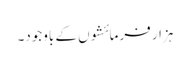
ہزار فرمائشوں کے باوجود۔